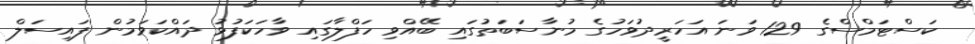
ކަސްޓަމްސްގެ 129 ވަނަ އަހަރީދުވަހުގެ މުނާސަބަތުގައި ބޭއްވި ހަފްލާގައި ވާހަކަފުޅު ދައްކަވަމުން ފައިސަލް